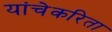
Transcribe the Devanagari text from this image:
यांचेकरिता